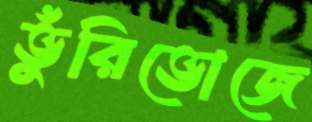
ভুঁরিভোজে